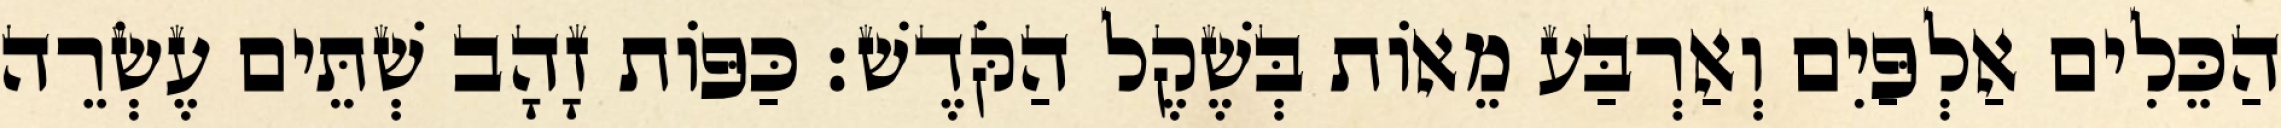
הַכֵּלִים אַלְפַּיִם וְאַרְבַּע מֵאוֹת בְּשֶׁקֶל הַקֹּדֶשׁ׃ כַּפּוֹת זָהָב שְׁתֵּים עֶשְׂרֵה